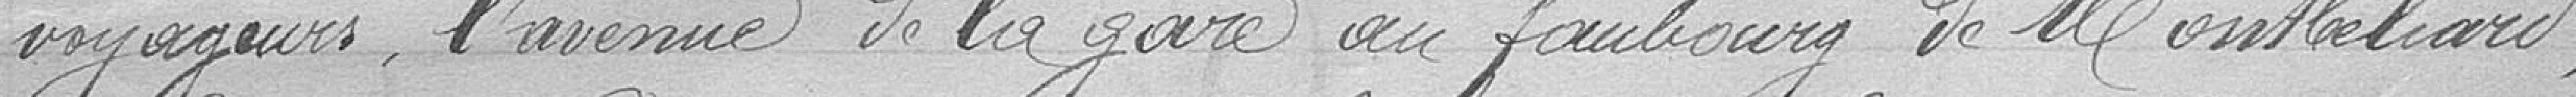
voyageurs, l'avenue de la gare au faubourg de Montbéliard,